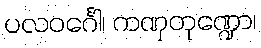
ပလဝင်္ဂေါ၊ ကဏှတုဏ္ဍော၊